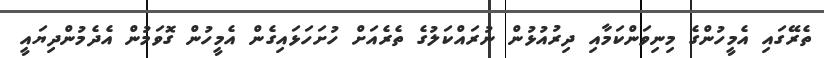
ތެރޭގައި އެމީހުންގެ މިނިވަންކަމާއި ދިރުއުޅުން ނުރައްކަލުގެ ތެރެއަށް ހުށަހަޅައިގެން އެމީހުން ގޮވަމުން އެދެމުންދިޔައީ